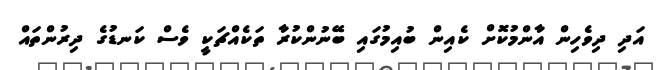
އަދި ދިވެހިން އާންމުކޮށް ކެއިން ބުއިމުގައި ބޭނުންކުރާ ތަކެއްޗަކީ ވެސް ކަނޑުގެ ދިރުންތައް